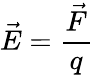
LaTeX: {\vec{E}}={\frac{\vec{F}}{q}}